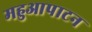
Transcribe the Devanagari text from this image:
महुआपाटन